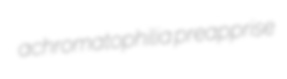
achromatophilia preapprise